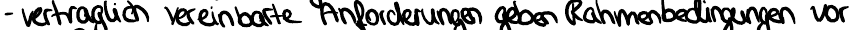
- vertraglich vereinbarte Anforderungen geben Rahmenbedingungen vor